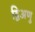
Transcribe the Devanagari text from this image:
द्विअणु